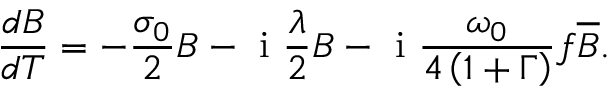
\frac { d B } { d T } = - \frac { \sigma _ { 0 } } { 2 } B - \mathrm { ~ i ~ } \frac { \lambda } { 2 } B - \mathrm { ~ i ~ } \frac { \omega _ { 0 } } { 4 \left( 1 + \Gamma \right) } f \overline { { B } } .